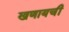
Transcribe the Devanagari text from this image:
खणायची